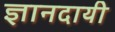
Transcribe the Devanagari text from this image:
ज्ञानदायी